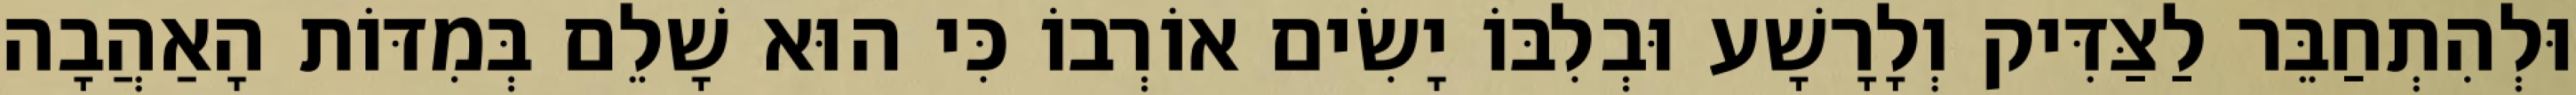
וּלְהִתְחַבֵּר לַצַּדִּיק וְלָרָשָׁע וּבְלִבּוֹ יָשִׂים אוֹרְבוֹ כִּי הוּא שָׁלֵם בְּמִדּוֹת הָאַהֲבָה